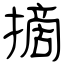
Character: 摘